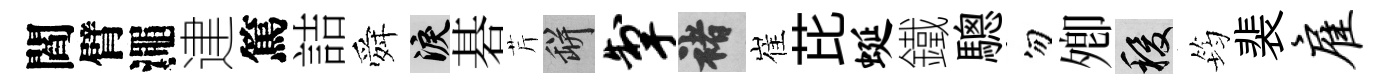
閻臂澠䢖篤詰舜泪碁芹瓶掣褚崔芘蜒鐵驄勿𡖖稷筠裴雇